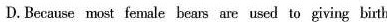
D.Becmse moat fenale bears are used to giving birth